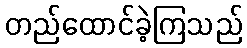
တည်ထောင်ခဲ့ကြသည်